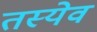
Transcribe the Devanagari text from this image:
तस्येव